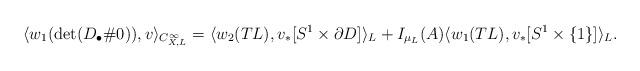
LaTeX: \begin{align*}\langle w_1(\det(D_\bullet\# 0)), v \rangle_{C^{\infty}_{X, L}} = \langle w_2(TL), v_*[S^1 \times \partial D] \rangle_L + I_{\mu_L}(A)\langle w_1(TL), v_*[S^1 \times \{1\}]\rangle_L.\end{align*}